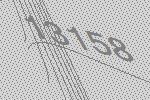
13158